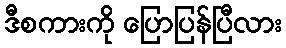
ဒီစကားကို ပြောပြန်ပြီလား